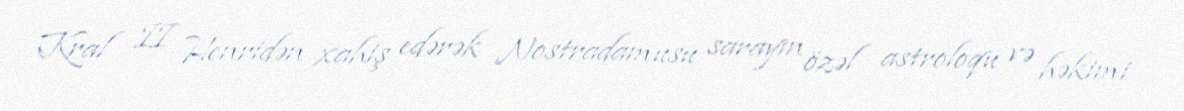
Kral II Henridən xahiş edərək Nostradamusu sarayın özəl astroloqu və həkimi